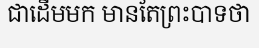
ជាដើមមក មានតែព្រះបាទថា